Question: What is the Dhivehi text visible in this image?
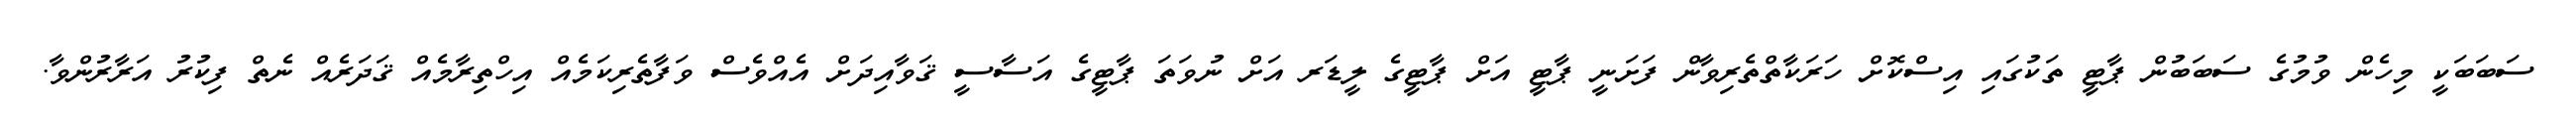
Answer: ސަބަބަކީ މިހެން ވުމުގެ ސަބަބުން ޕާޓީ ތަކުގައި އިސްކޮށް ހަރަކާތްތެރިވާން ފަށަނީ ޕާޓީ އަށް ޕާޓީގެ ލީޑަރ އަށް ނުވަތަ ޕާޓީގެ އަސާސީ ޤަވާއިދަށް އެއްވެސް ވަފާތެރިކަމެއް އިހްތިރާމެއް ޤަދަރެއް ނެތް ފިކުރު އަރާރުންވާ.